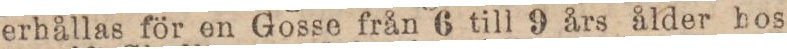
erhållas för en Gosse från 6 till 9 års ålder hos